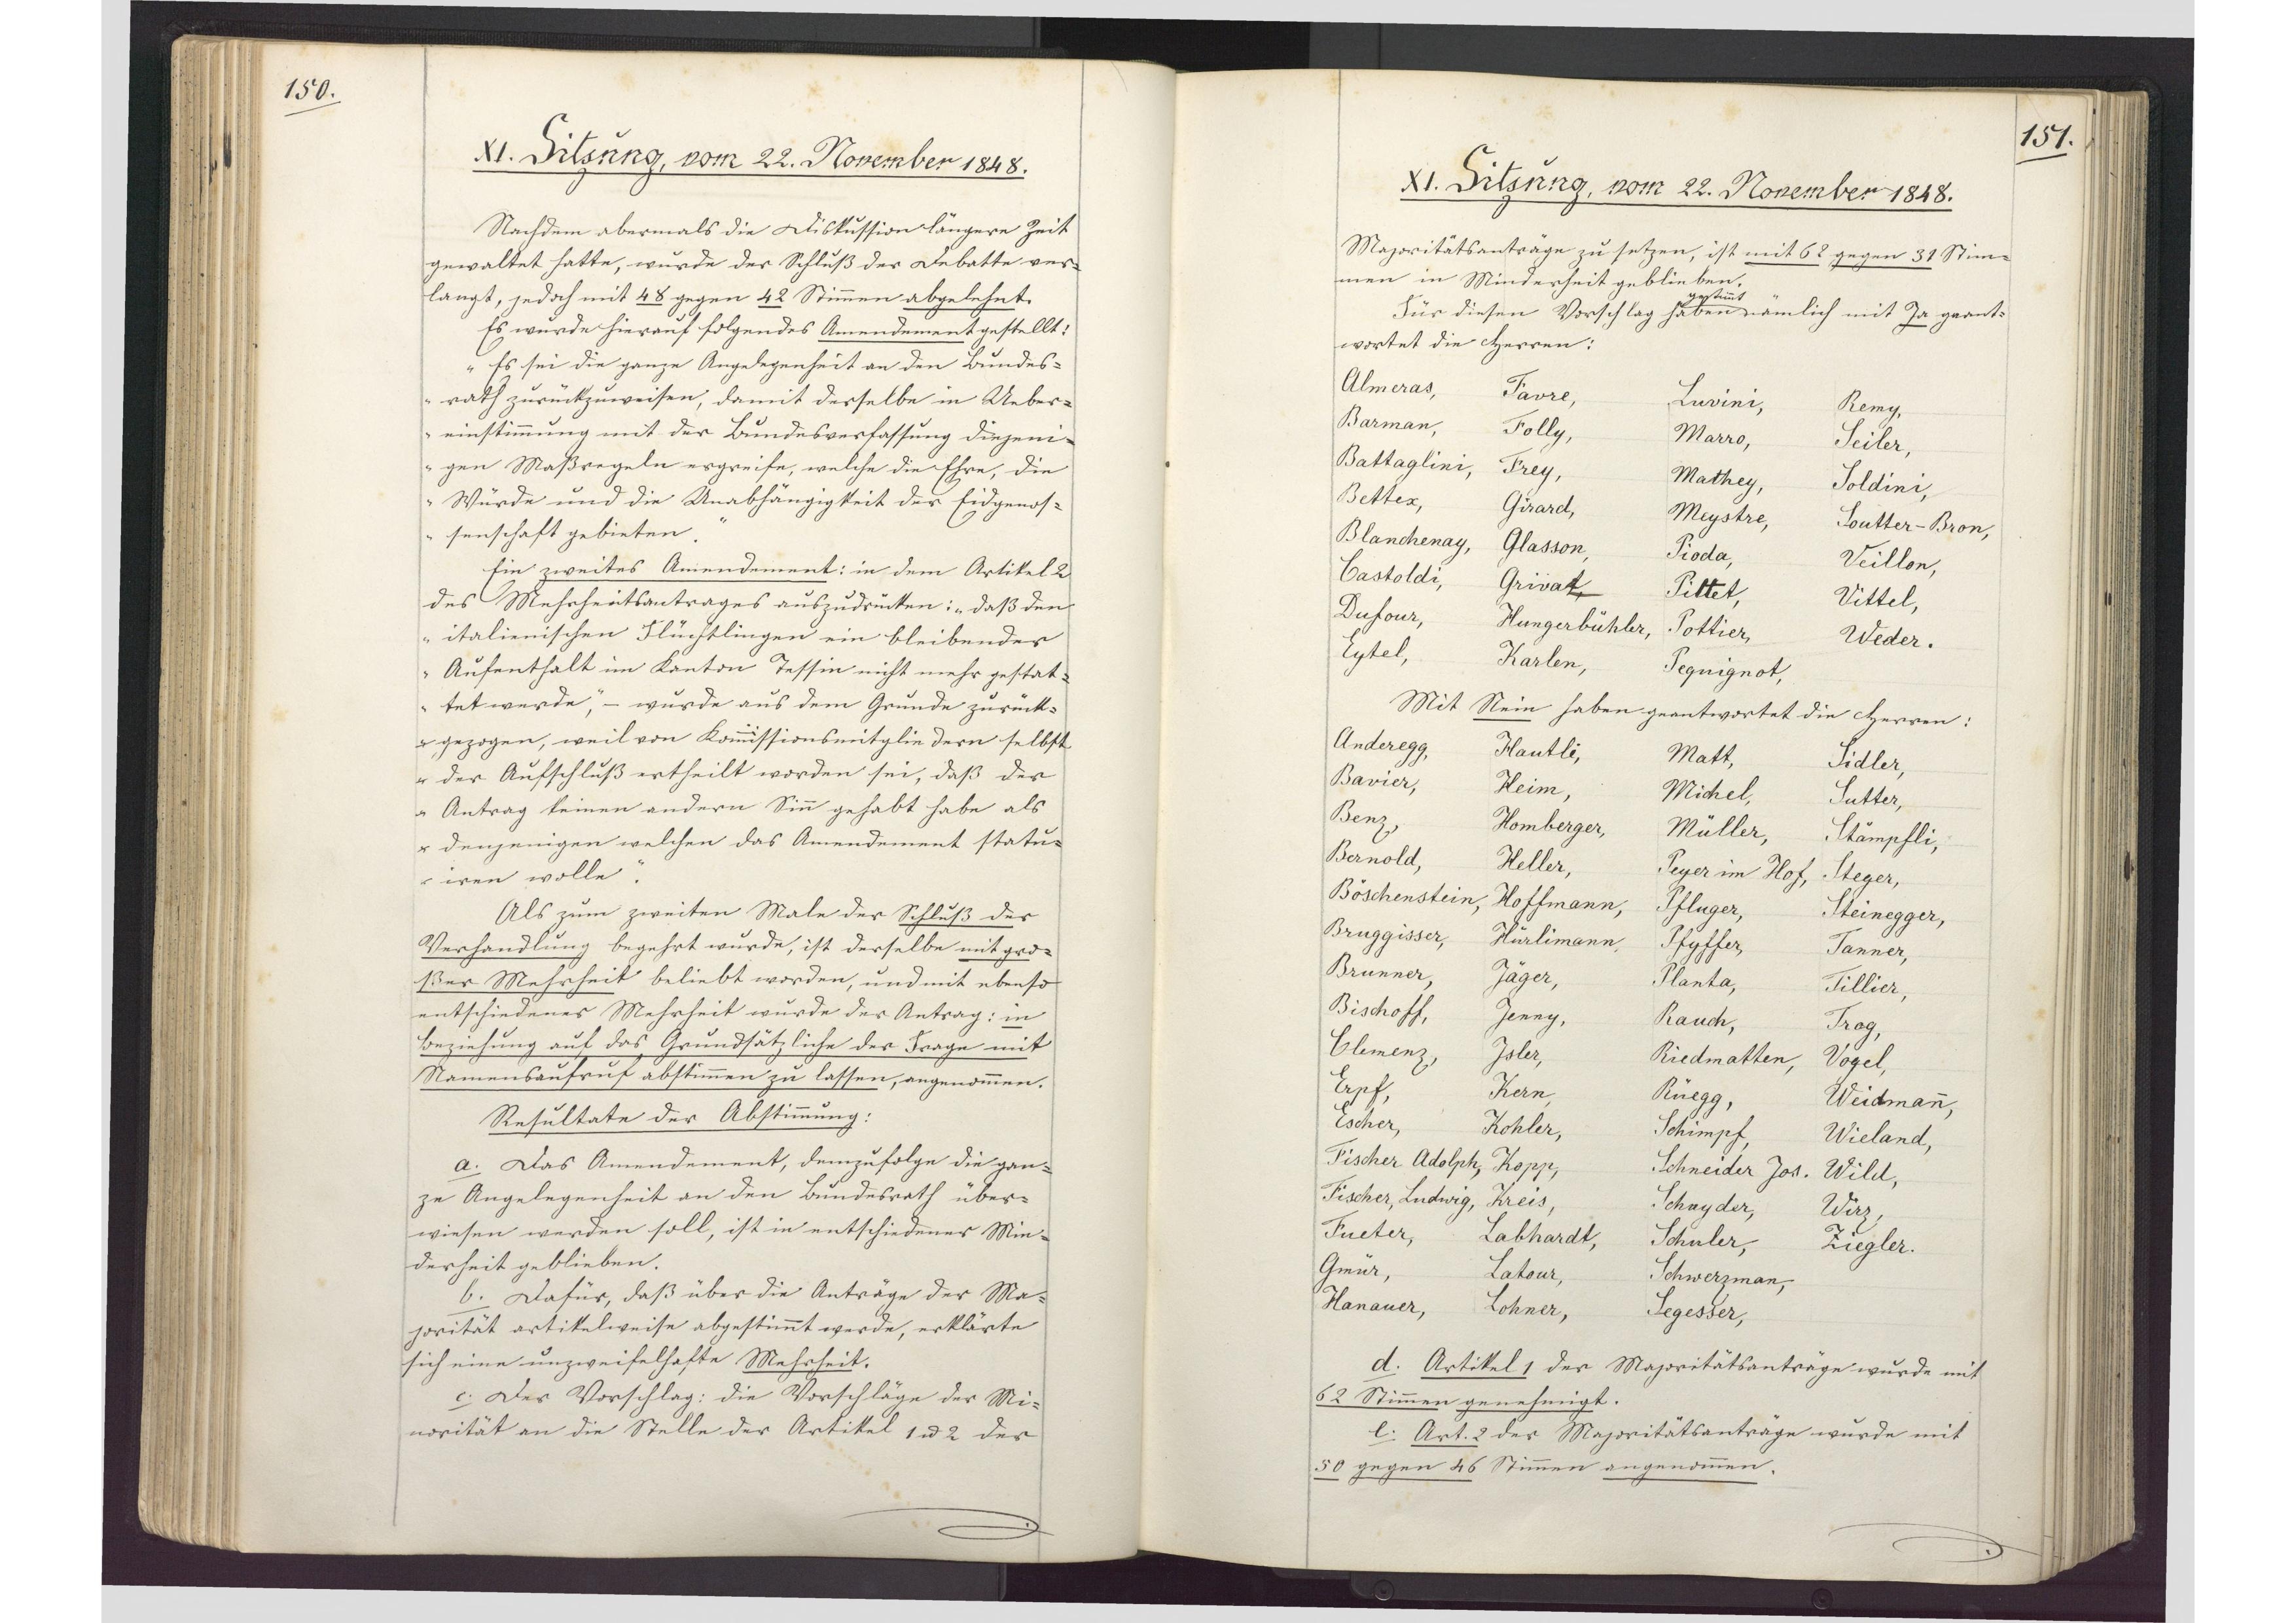
150.

XI. Sitzung, vom 22. November 1848.

Nachdem abermals die Diskussion längere Zeit
gewaltet hatte, wurde der Schluß der Debatte ver¬
langt, jedoch mit 48 gegen 42 Stimmen abgelehnt.
Es wurde hierauf folgendes Amendement gestellt:
"Es sei die ganze Angelegenheit an den Bundes¬
rath zurückzuweisen, damit derselbe in Ueber¬
einstimmung mit der Bundesverfassung diejeni¬
gen Maßregeln ergreife, welche die Ehre, die
Würde und die Unabhängigkeit der Eidgenos¬
senschaft gebieten."
Ein zweites Amendement: in dem Artikel 2
des Mehrheitsantrages auszudrücken: "daß den
italienischen Flüchtlingen ein bleibender
Aufenthalt im Kanton Tessin nicht mehr gestat¬
tet werde" - wurde aus dem Grunde zurück¬
gezogen, weil von Kommissionsmitgliedern selbst
der Aufschluß ertheilt worden sei, dass der
Antrag keinen andern Sinn gehabt habe als
denjenigen welchen das Amendement statu¬
iren wolle.
Als zum zweiten Male der Schluß der
Verhandlung begehrt wurde, ist derselbe mit gro¬
ßer Mehrheit beliebt worden, und mit ebenso
entschiedener Mehrheit wurde der Antrag: in
Beziehung auf das Grundsätzliche der Frage mit
Namensaufruf abstimmen zu lassen, angenommen.
Resultate der Abstimmung:
a. Das Amendement, demzufolge die gan¬
ze Angelegenheit an den Bundesrath über¬
wiesen werden soll, ist in entschiedener Min¬
derheit geblieben.
b. Dafür, daß über die Anträge der Ma¬
jorität artikelweise abgestimmt werde, erklärte
sich eine unzweifelhafte Mehrheit.
c. Der Vorschlag: die Vorschläge der Mi¬
norität an die Stelle der Artikel 1 und 2 der

151.

XI. Sitzung, vom 22. November 1848.

Majoritätsanträge zu setzen, ist mit 62 gegen 31 Stim¬
men in Minderheit geblieben.
Für diesen Vorschlag haben * nämlich mit Ja geant¬
* gestimmt
wortet die Herren:
Almeras,
Favre,
Luvini,
Remy,
Barman,
Folly,
Marro,
Seiler,
Battaglini,
Frey,
Mathey,
Soldini,
Bettex,
Girard,
Meystre,
Soutter-Bron,
Blanchenay,
Glasson,
Pioda,
Veillon,
Castoldi,
Grivat,
Pittet,
Vittel,
Dufour,
Hungerbüher,
Pottier,
Weder,
Eytel,
Karlen,
Pequignot.
Mit Nein haben geantwortet die Herren:
Anderegg,
Hautli,
Matt,
Sidler,
Bavier,
Heim,
Michel,
Sutter,
Benz,
Homberger,
Müller,
Stämpfli,
Bernold,
Heller,
Peyer im Hof,
Steger,
Böschenstein,
Hoffmann,
Pfluger,
Steinegger,
Bruggisser,
Hürlimann,
Pfyffer,
Tanner,
Brunner,
Jäger,
Planta,
Tillier,
Bischoff,
Jenny,
Rauch,
Trog,
Clemenz,
Jsler,
Riedmatten,
Vogel,
Erpf,
Kern,
Rüegg,
Weidmann,
Escher,
Kohler,
Schimpf,
Wieland,
Fischer Adolph,
Kopp,
Schneider Jos.,
Wild,
Fischer Ludwig,
Kreis,
Schnyder,
Wirz,
Fueter,
Labhardt,
Schuler,
Ziegler,
Gmür,
Latour,
Schwerzman,
Hanauer,
Lohner,
Segesser.
d. Artikel 1 der Majoritätsanträge wurde mit
62 Stimmen genehmigt.
e. Art. 2 der Majoritätsanträge wurde mit
50 gegen 46 Stimmen angenommen.